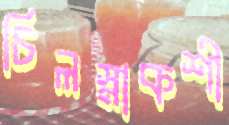
চিলস্নাকশী